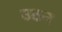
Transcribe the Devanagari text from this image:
उठन